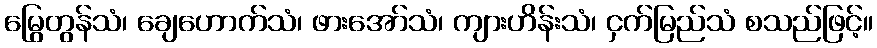
မြွေတွန်သံ၊ ချေဟောက်သံ၊ ဖားအော်သံ၊ ကျားဟိန်းသံ၊ ငှက်မြည်သံ စသည်ဖြင့်။